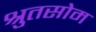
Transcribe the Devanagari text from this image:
श्रुतसोम